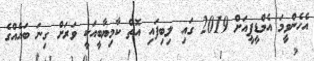
އެހެންވީމަ އެމްޑީޕީއަށް 2019 ގައި ލިބިފައި އޮތް ކާމިޔާބީއަކީ ވަރަށް ގިނަ ބައެއްގެ